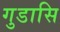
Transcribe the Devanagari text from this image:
गुडासि